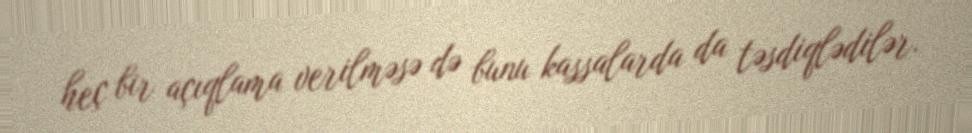
heç bir açıqlama verilməsə də bunu kassalarda da təsdiqlədilər.